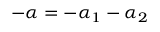
- \alpha = - \alpha _ { 1 } - \alpha _ { 2 }